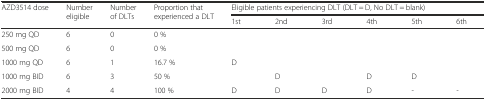
<table><thead><tr><td rowspan="2"><b>AZD3514 dose</b></td><td rowspan="2"><b>Number eligible</b></td><td rowspan="2"><b>Number of DLTs</b></td><td rowspan="2"><b>Proportion that experienced a DLT</b></td><td colspan="6"><b>Eligible patients experiencing DLT (DLT = D, No DLT = blank)</b></td></tr><tr><td><b>1st</b></td><td><b>2nd</b></td><td><b>3rd</b></td><td><b>4th</b></td><td><b>5th</b></td><td><b>6th</b></td></tr></thead><tbody><tr><td>250 mg QD</td><td>6</td><td>0</td><td>0 %</td><td></td><td></td><td></td><td></td><td></td><td></td></tr><tr><td>500 mg QD</td><td>6</td><td>0</td><td>0 %</td><td></td><td></td><td></td><td></td><td></td><td></td></tr><tr><td>1000 mg QD</td><td>6</td><td>1</td><td>16.7 %</td><td>D</td><td></td><td></td><td></td><td></td><td></td></tr><tr><td>1000 mg BID</td><td>6</td><td>3</td><td>50 %</td><td></td><td>D</td><td></td><td>D</td><td>D</td><td></td></tr><tr><td>2000 mg BID</td><td>4</td><td>4</td><td>100 %</td><td>D</td><td>D</td><td>D</td><td>D</td><td>-</td><td><i>-</i></td></tr></tbody></table>